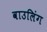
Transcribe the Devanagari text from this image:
वाउलिंग